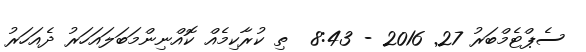
ސެޕްޓެމްބަރު 27